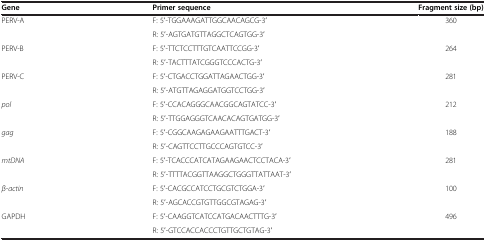
<table><thead><tr><td><b>Gene</b></td><td><b>Primer sequence</b></td><td><b>Fragment size (bp)</b></td></tr></thead><tbody><tr><td rowspan="2">PERV-A</td><td>F: 5′-TGGAAAGATTGGCAACAGCG-3′</td><td rowspan="2">360</td></tr><tr><td>R: 5′-AGTGATGTTAGGCTCAGTGG-3′</td></tr><tr><td rowspan="2">PERV-B</td><td>F: 5′-TTCTCCTTTGTCAATTCCGG-3′</td><td rowspan="2">264</td></tr><tr><td>R: 5′-TACTTTATCGGGTCCCACTG-3′</td></tr><tr><td rowspan="2">PERV-C</td><td>F: 5′-CTGACCTGGATTAGAACTGG-3′</td><td rowspan="2">281</td></tr><tr><td>R: 5′-ATGTTAGAGGATGGTCCTGG-3′</td></tr><tr><td rowspan="2"><i>pol</i></td><td>F: 5′-CCACAGGGCAACGGCAGTATCC-3′</td><td rowspan="2">212</td></tr><tr><td>R: 5′-TTGGAGGGTCAACACAGTGATGG-3′</td></tr><tr><td rowspan="2"><i>gag</i></td><td>F: 5′-CGGCAAGAGAAGAATTTGACT-3′</td><td rowspan="2">188</td></tr><tr><td>R: 5′-CAGTTCCTTGCCCAGTGTCC-3′</td></tr><tr><td rowspan="2"><i>mtDNA</i></td><td>F: 5′-TCACCCATCATAGAAGAACTCCTACA-3′</td><td rowspan="2">281</td></tr><tr><td>R: 5′-TTTTACGGTTAAGGCTGGGTTATTAAT-3′</td></tr><tr><td rowspan="2"><i>β-actin</i></td><td>F: 5′-CACGCCATCCTGCGTCTGGA-3′</td><td rowspan="2">100</td></tr><tr><td>R: 5′-AGCACCGTGTTGGCGTAGAG-3′</td></tr><tr><td rowspan="2">GAPDH</td><td>F: 5′-CAAGGTCATCCATGACAACTTTG-3′</td><td rowspan="2">496</td></tr><tr><td>R: 5′-GTCCACCACCCTGTTGCTGTAG-3′</td></tr></tbody></table>